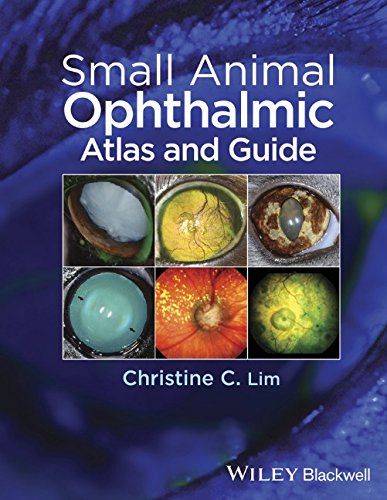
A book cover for Small Animal Ophthalmic Atlas and Guide; Christine C. Lim; Medical Books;